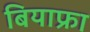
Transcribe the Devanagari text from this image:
बियाफ्रा